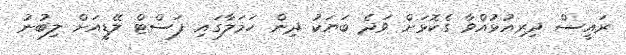
ރައީސް ދިރިއުޅުއްވާ ގެކޮޅަށް ވަދެ ބަޔަކު ދިން ހަމަލާގައި ފަސްޓް ލޭޑީއަށް ލިބުނު